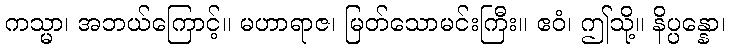
ကသ္မာ၊ အဘယ်ကြောင့်။ မဟာရာဇ၊ မြတ်သောမင်းကြီး။ ဧဝံ၊ ဤသို့။ နိပ္ပန္နော၊